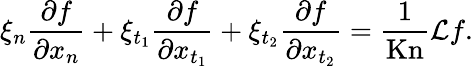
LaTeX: \xi_{n}\frac{\partial f}{\partial x_{n}}+\xi_{t_{1}}\frac{\partial f}{\partial x_{t_{1}}}+\xi_{t_{2}}\frac{\partial f}{\partial x_{t_{2}}}=\frac{1}{\mathrm{Kn}}\mathcal{L}f.